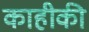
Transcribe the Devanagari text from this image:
काहीकी